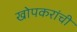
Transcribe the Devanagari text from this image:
खोपकरांची